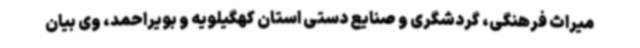
میراث فرهنگی، گردشگری و صنایع دستی استان کهگیلویه و بویراحمد، وی بیان